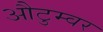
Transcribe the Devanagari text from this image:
औटुम्वर